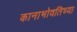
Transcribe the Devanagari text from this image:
कानाभोवतिच्या